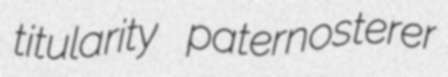
titularity paternosterer